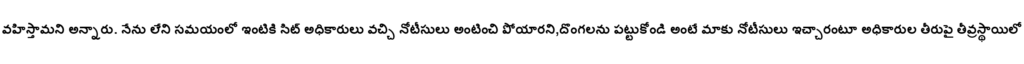
వహిస్తామని అన్నారు. నేను లేని సమయంలో ఇంటికి సిట్ అధికారులు వచ్చి నోటీసులు అంటించి పోయారని,దొంగలను పట్టుకోండి అంటే మాకు నోటీసులు ఇచ్చారంటూ అధికారుల తీరుపై తీవ్రస్థాయిలో